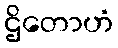
ဌိတောဟံ